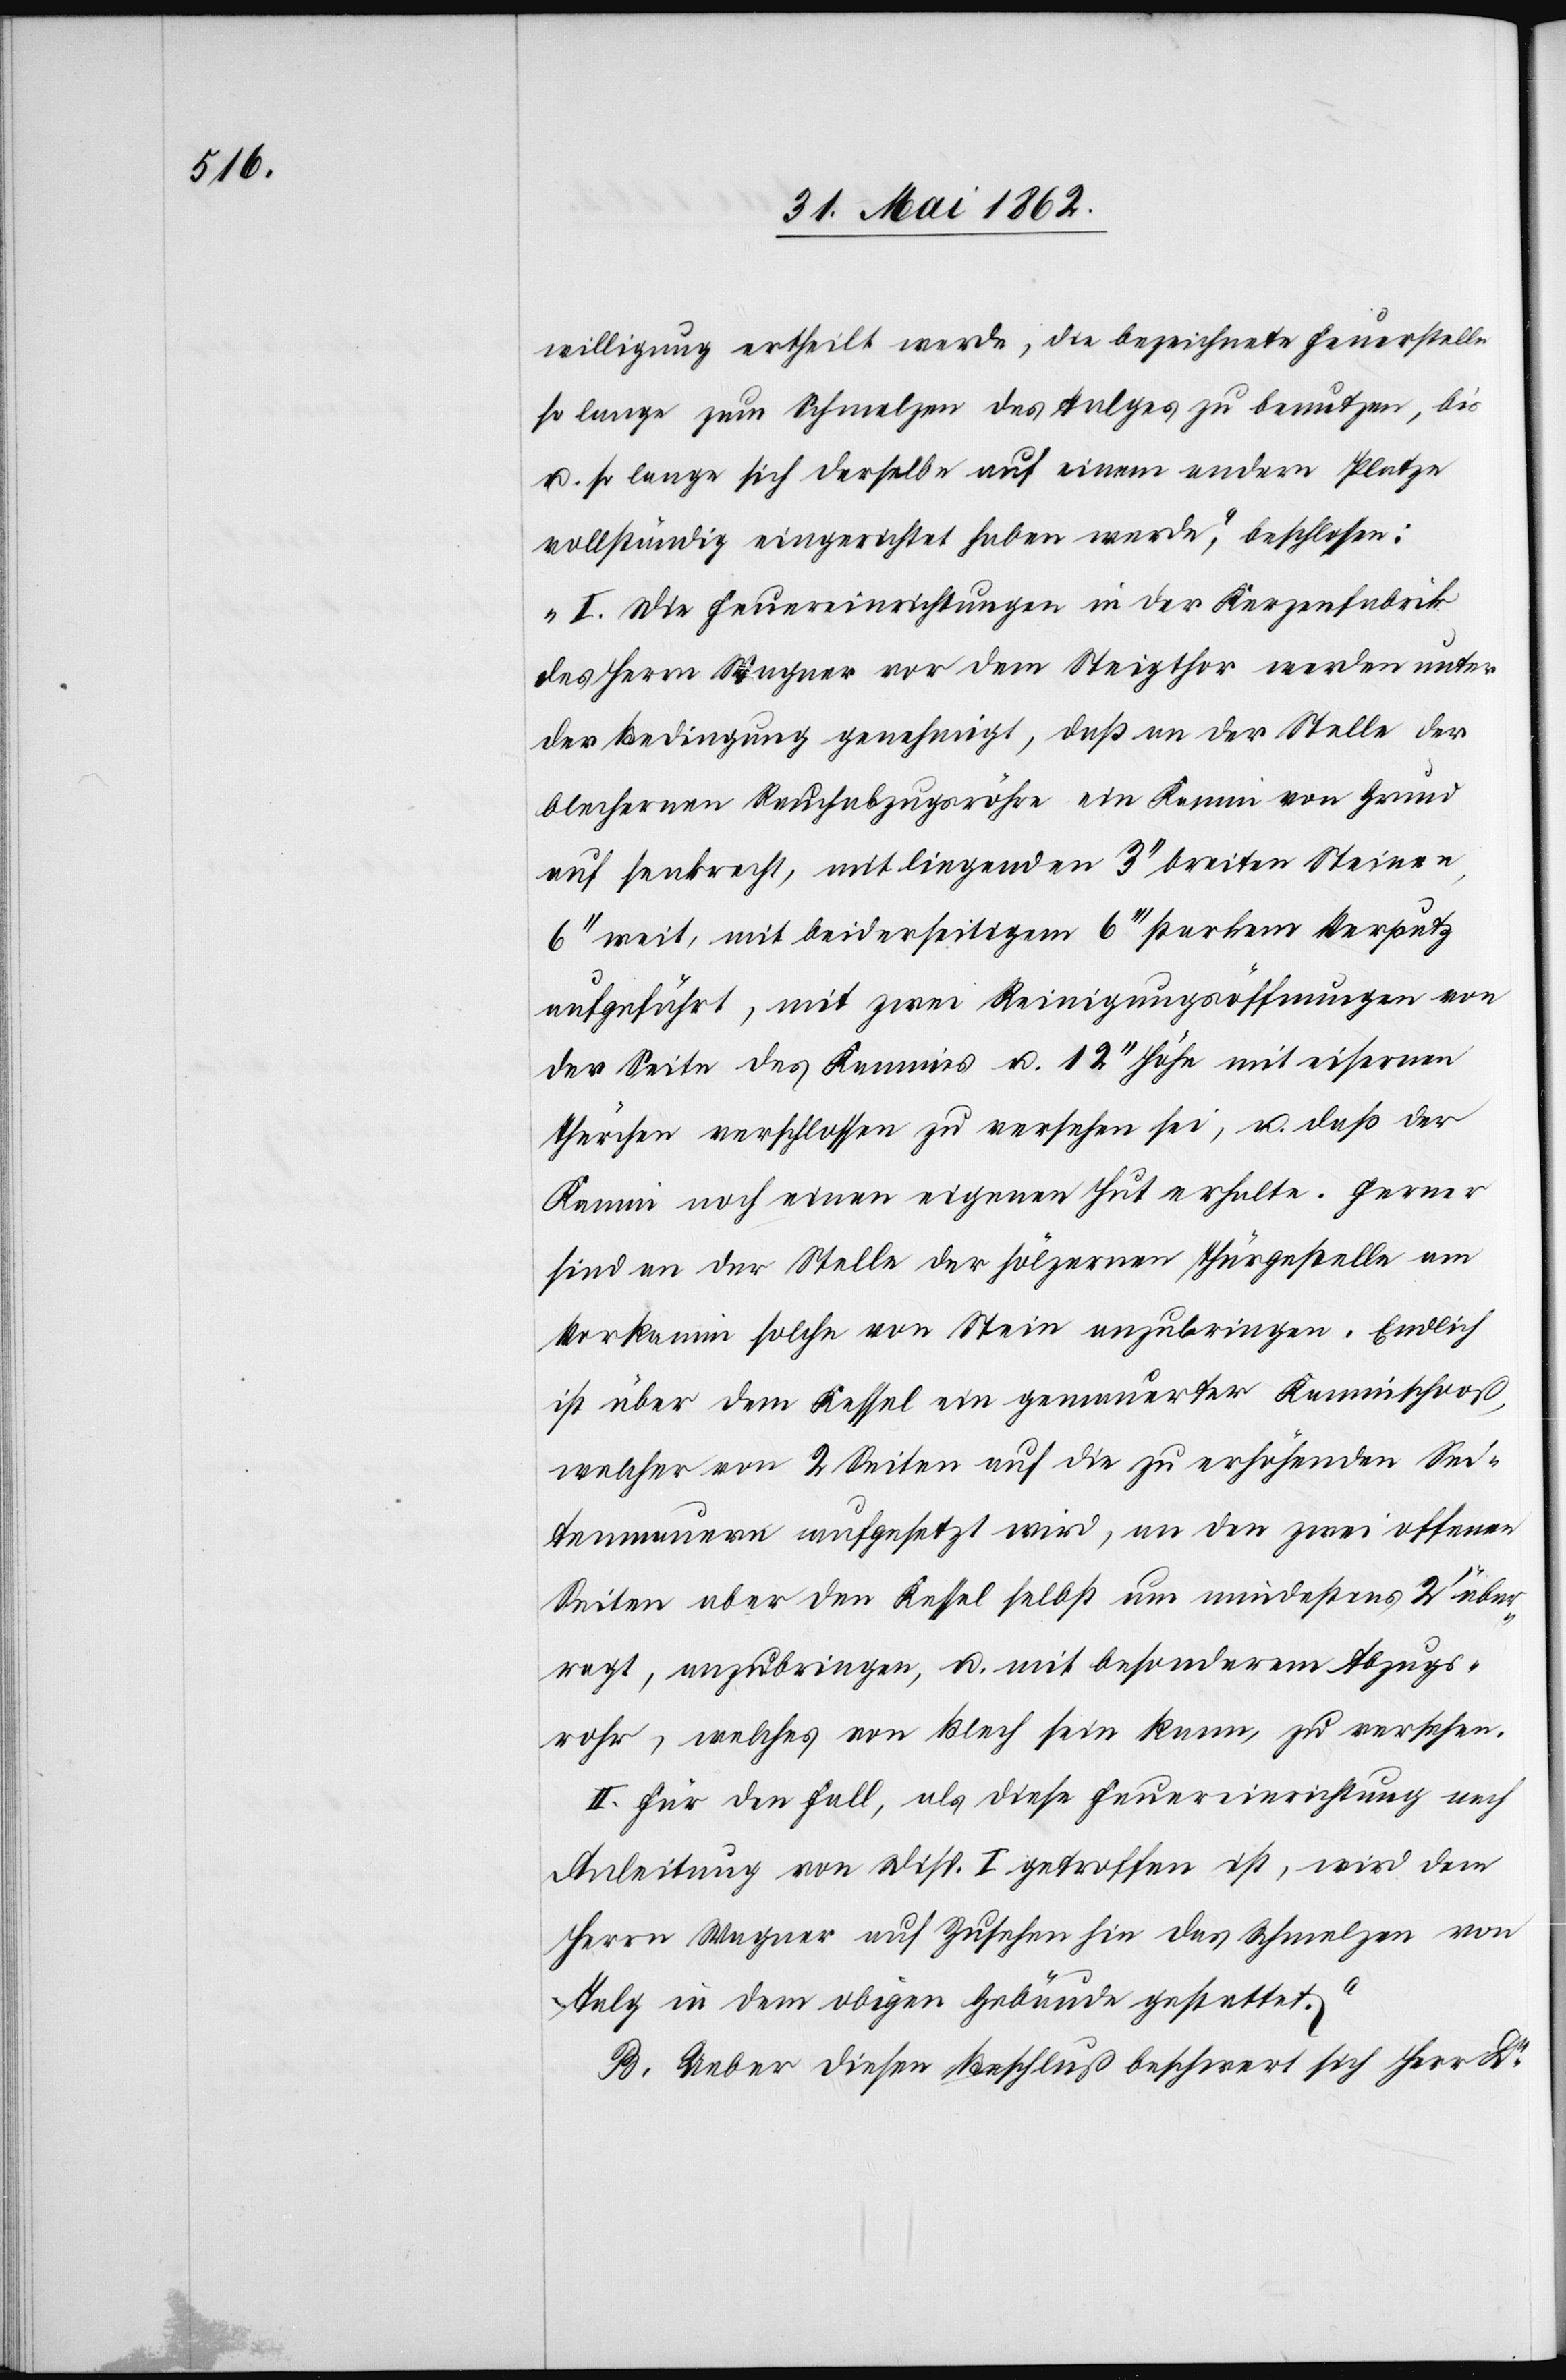
willigung ertheilt werde, da bezeichnete Feuerstelle
so lange zum Schmelzen des Talges zu benutzen, bis
u. so lange sich derselbe auf einem andern Platze
vollständig eingereichtet haben werde,“ beschlossen:
„I. Die Feuereinrichtungen in der Kerzenfabrik
des Herrn Wagner vor dem Steigthor werden unter
der Bedingung genehmigt, daß an der Stelle der
blechernen Rauchabzugsröhre ein Kamin von Grund
auf senkrecht, mit liegenden 3’’ breiten Steinen,
6’’ weit, mit beiderseitigem 6’’ starkem Verputz
aufgeführt, mit zwei Reinigungsöffnungen von
der Seite des Kamins u. 12’’ Höhe mit eisernen
Thürchen verschlossen zu versehen sei, u. daß der
Kamin noch einen eigenen Hut erhalte. Ferner
sind an der Stelle der hölzernen Thuergestelle am
Vorkamin solche von Stein anzubringen. Endlich
ist über dem Kessel ein gemauerter Kaminschoß,
welcher von 2 Seiten auf die zu erhöhenden Sei¬
tenmauern aufgesetzt wird, an den zwei offenen
Seiten aber den Kessel selbst um mindestens 2’ übe¬
rragt, anzubringen, u. mit besonderm Abzugs¬
rohr, welches von Blech sein kann, zu versehen.
II. Für den Fall, als diese Feuereinrichtung nach
Anleitung von Disp. I. getroffen ist, wird dem
Herrn Wagner auf Zusehen hin das Schmelzen von
Talg in dem obigen Gebäude gestattet.“
B. Ueber diesen Beschluß beschwert sich Herr Dr.